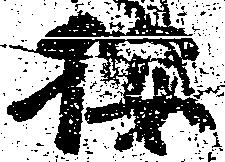
按